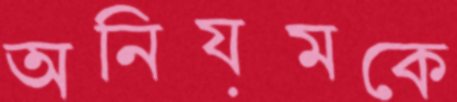
অনিয়মকে